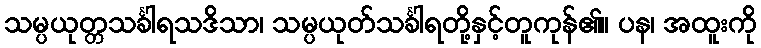
သမ္ပယုတ္တသင်္ခါရသဒိသာ၊ သမ္ပယုတ်သင်္ခါရတို့နှင့်တူကုန်၏။ ပန၊ အထူးကို